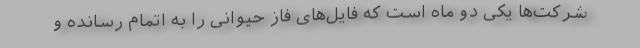
شرکت‌ها یکی دو ماه است که فایل‌های فاز حیوانی را به اتمام رسانده و